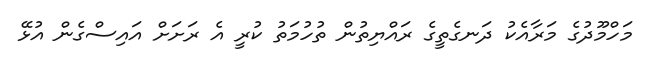
މަހްމޫދުގެ މަރާއެކު ދަނގެތީގެ ރައްޔިތުން ތުހުމަތު ކުރީ އެ ރަށަށް އައިސްގެން އުޅޭ